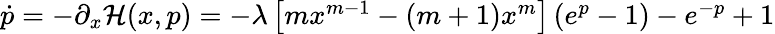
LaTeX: \begin{array}{r}{\dot{p}=-{\partial_{x}}\mathcal{H}(x,p)=-\lambda\left[{m{x^{m-1}}-(m+1){x^{m}}}\right]\left({{e^{p}}-1}\right)-{e^{-p}}+1}\end{array}